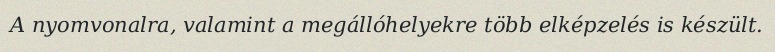
A nyomvonalra, valamint a megállóhelyekre több elképzelés is készült.